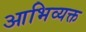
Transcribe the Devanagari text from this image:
आभिव्यक्त